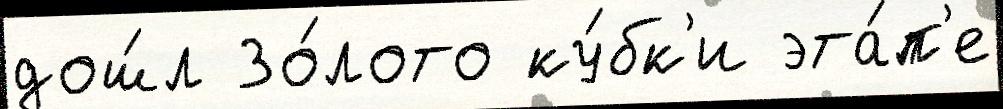
дош́л Зо́лото ку́бк'и эта́п'е